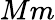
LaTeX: Mm